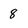
Character: 8